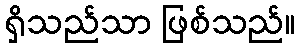
ရှိသည်သာ ဖြစ်သည်။